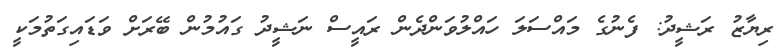
ރިޔާޒު ރަޝީދު: ފެނުގެ މައްސަލަ ހައްލުވަންދެން ރައީސް ނަޝީދު ގައުމުން ބޭރަށް ވަޑައިގަތުމަކީ